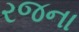
રજના